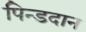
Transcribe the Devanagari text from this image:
पिन्डदान